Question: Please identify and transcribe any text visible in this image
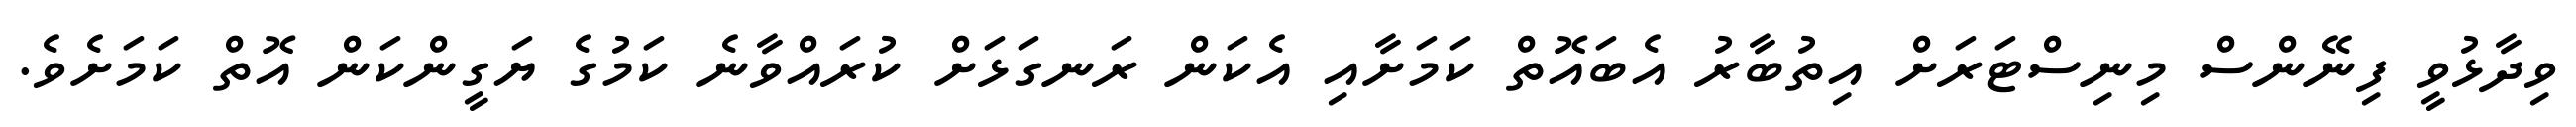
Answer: ވިދާޅުވީ ފިނޭންސް މިނިސްޓަރަށް އިތުބާރު އެބައޮތް ކަމަށާއި އެކަން ރަނގަޅަށް ކުރައްވާނެ ކަމުގެ ޔަގީންކަން އޮތް ކަމަށެވެ.